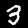
Digit: 3